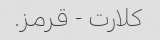
کلارت - قرمز.